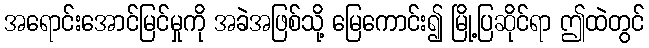
အရောင်းအောင်မြင်မှုကို အခဲအဖြစ်သို့ မြေကောင်း၍ မြို့ပြဆိုင်ရာ ဤထဲတွင်